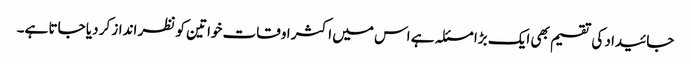
جائیداد کی تقسیم بھی ایک بڑا مسئلہ ہے اس میں اکثر اوقات خواتین کو نظر انداز کر دیا جاتا ہے۔